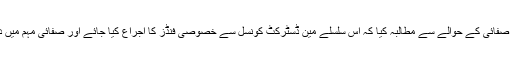
انجمن تاجران چھلت شینبر کے وفد نے صفائی کے حوالے سے مطالبہ کیا کہ اس سلسلے مین ڈسٹرکٹ کونسل سے خصوصی فنڈز کا اجراع کیا جائے اور صفائی مہم میں دکانداروں کے ساتھ معاونت کی جائے۔